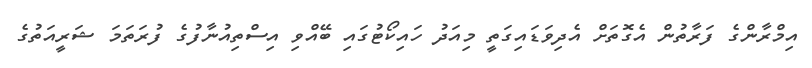
އިމްރާންގެ ފަރާތުން އެގޮތަށް އެދިވަޑައިގަތީ މިއަދު ހައިކޯޓުގައި ބޭއްވި އިސްތިއުނާފުގެ ފުރަތަމަ ޝަރީއަތުގެ